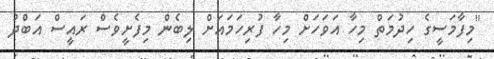
"މިފާމަސީގެ ހިދުމަތް މިހާ އަވަހަށް މިހާ ފުރިހަމައަށް ލިބެން މިފެށީވެސް ރައީސް އަބްދު